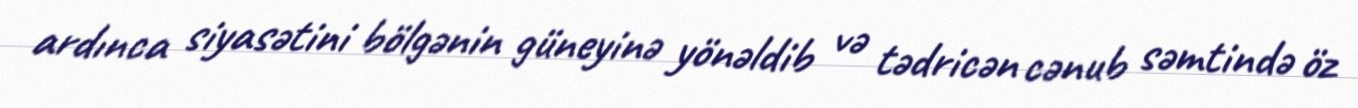
ardınca siyasətini bölgənin güneyinə yönəldib və tədricən cənub səmtində öz